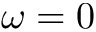
\omega = 0